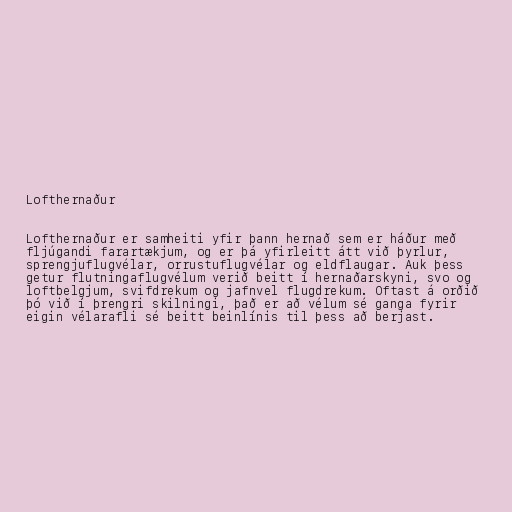
Lofthernaður

Lofthernaður er samheiti yfir þann hernað sem er háður með
fljúgandi farartækjum, og er þá yfirleitt átt við þyrlur,
sprengjuflugvélar, orrustuflugvélar og eldflaugar. Auk þess
getur flutningaflugvélum verið beitt í hernaðarskyni, svo og
loftbelgjum, svifdrekum og jafnvel flugdrekum. Oftast á orðið
þó við í þrengri skilningi, það er að vélum sé ganga fyrir
eigin vélarafli sé beitt beinlínis til þess að berjast.